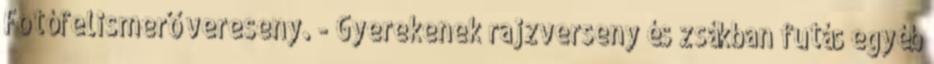
Fotófelismerő vereseny. - Gyerekenek rajzverseny és zsákban futás egyéb